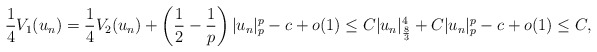
\begin{align*}\frac{1}{4}V_1(u_n) = \frac{1}{4}V_2(u_n) + \left(\frac{1}{2} - \frac{1}{p}\right)|u_n|^p_p -c +o(1) \leq C|u_n|^4_{\frac{8}{3}} + C|u_n|^p_p -c+o(1)\leq C,\end{align*}